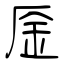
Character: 㕋